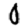
Digit: 0